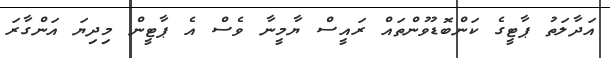
އަދާލަތު ޕާޓީގެ ކަންބޮޑުވުންތައް ރައީސް ޔާމީނާ ވެސް އެ ޕާޓީން މިދިޔަ އަންގާރަ